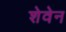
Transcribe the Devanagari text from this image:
शेवेन